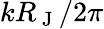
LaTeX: kR_{\mathrm{~J~}}/2\pi